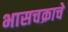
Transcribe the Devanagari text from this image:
भासचक्राचे